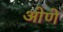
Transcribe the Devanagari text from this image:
ओणे